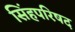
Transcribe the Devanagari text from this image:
सिंहपरिषद